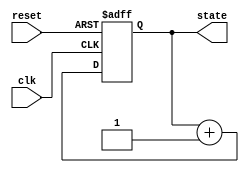
module non_blocking_example (
    input wire clk,
    input wire reset,
    output reg [3:0] state
);

    // Initial block to set up initial conditions
    initial begin
        state <= 4'b0000; // Initial state
    end

    // Sequential logic using non-blocking assignments
    always @(posedge clk or posedge reset) begin
        if (reset) begin
            state <= 4'b0000; // Reset state
        end else begin
            // Example state transitions
            state <= state + 1; // Increment state on each clock cycle
        end
    end

endmodule